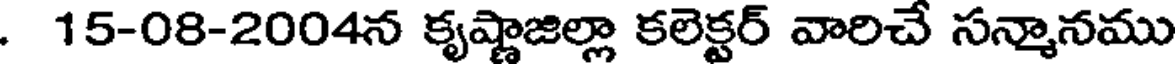
. 15-08-2004న కృష్ణాజిల్లా కలెక్టర్ వారిచే సన్మానము